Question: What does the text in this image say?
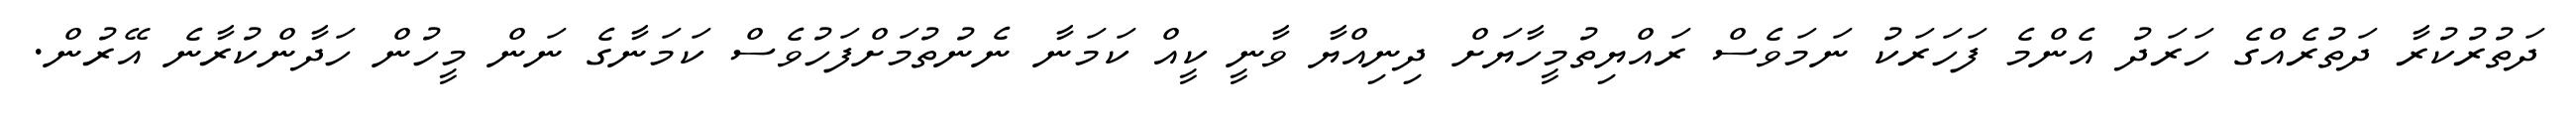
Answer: ދަތުރުކުރާ ދަތުރެއްގެ ހަރަދު އެންމެ ފަހަރަކު ނަމަވެސް ރައްޔިތުމީހާޔަށް ދިނިއްޔާ ވާނީ ކީއް ކަމަނާ ނެނުތުމަށްފަހުވެސް ކަމަނާގެ ނަން މީހުން ހަދާންކުރާނެ އޭރުން.